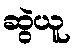
ဆွဲယူ